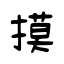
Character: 摸